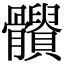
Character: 𩪹